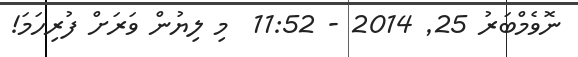
ނޮވެމްބަރު 25